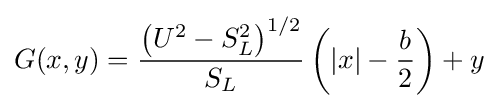
G(x,y)={\frac {\left(U^{2}-S_{L}^{2}\right)^{1/2}}{S_{L}}}\left(|x|-{\frac {b}{2}}\right)+y